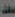
سعد